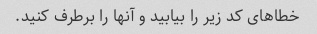
خطاهای کد زیر را بیابید و آنها را برطرف کنید.